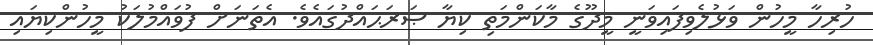
ހުރިހާ މީހުން ވަޅުލެވިފައިވަނީ މީދޫގެ މާކަންމަތި ކިޔާ ޞަރަޙައްދުގައެވެ. އެތަނަށް ފުވައްމުލަކު މީހުންކިޔައި